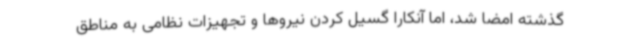
گذشته امضا شد، اما آنکارا گسیل کردن نیروها و تجهیزات نظامی به مناطق